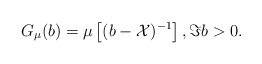
\begin{align*}G_\mu(b)=\mu\left[(b-\mathcal X)^{-1}\right], \Im b>0.\end{align*}